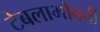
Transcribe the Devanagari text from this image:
टेबलाभोवती